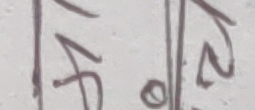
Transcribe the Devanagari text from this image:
१५ २